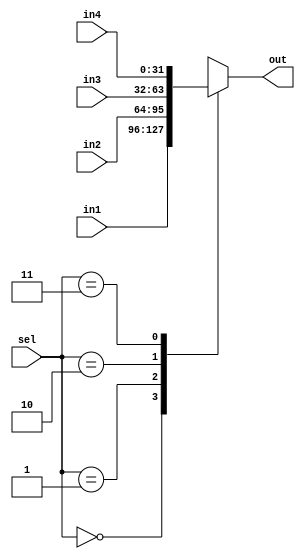
module mux32_4to1(input [31:0] in1,in2,in3,in4,input [1:0] sel,output reg [31:0] out);
	always@(in1,in2,in3,in4,sel)begin
		case(sel)
			2'b00: out = in1;
			2'b01: out = in2;
			2'b10: out = in3;
			2'b11: out = in4;
			default:
				out = 32'b0;
		endcase
	end
endmodule